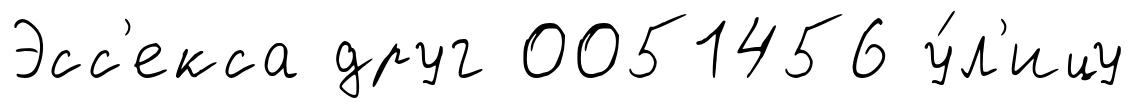
Эсс'екса друг 0051456 у́л'ицу